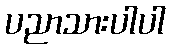
ပညာသားပါပါ